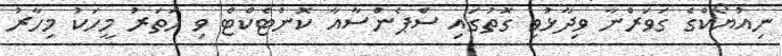
ނިއުޔޯކްގެ ގަވަރްނާ ވިދާޅުވި ގޮތުގައި ސްޕެންސާއާ ކޮންޓެކްޓް ވި ހަތަރު މީހަކު މިހާރު